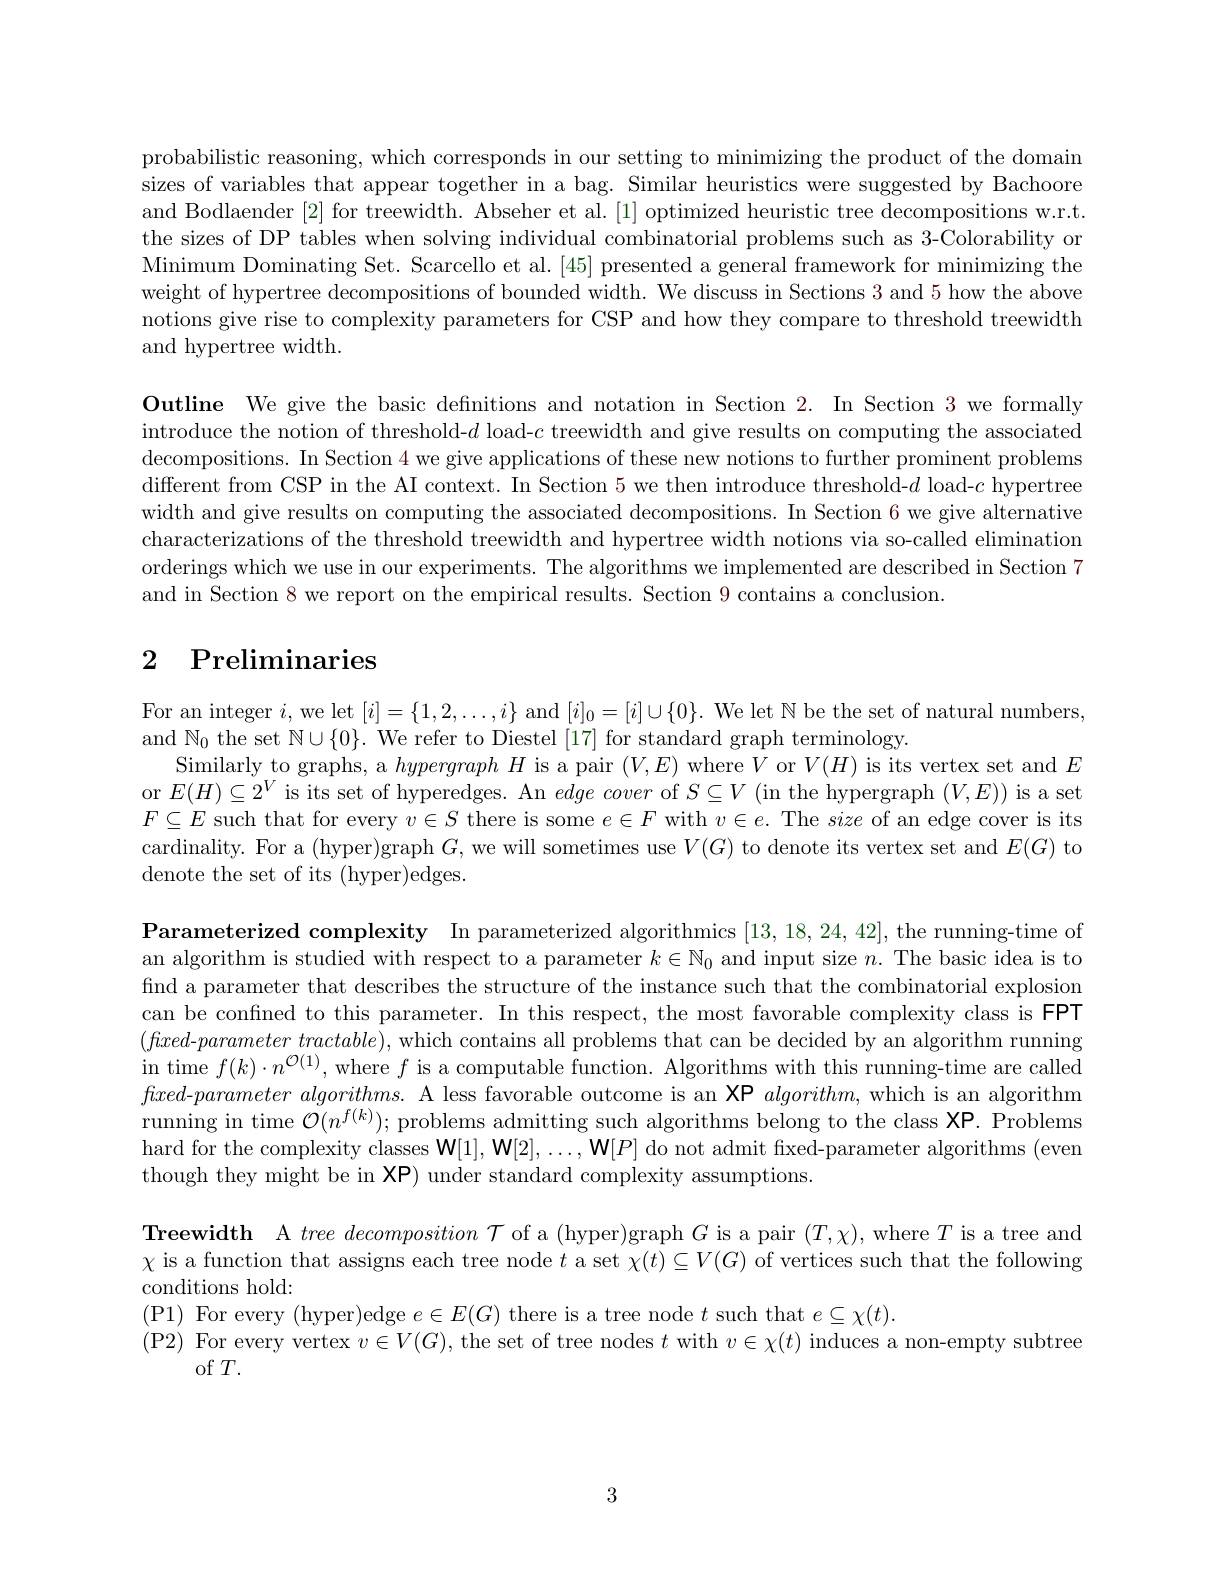
probabilistic reasoning, which corresponds in our setting to minimizing the product of the domain sizes of variables that appear together in a bag. Similar heuristics were suggested by Bachoore and Bodlaender [2] for treewidth. Abseher et al. [1] optimized heuristic tree decompositions w.r.t. the sizes of DP tables when solving individual combinatorial problems such as 3-Colorability or Minimum Dominating Set. Scarcello et al. [45] presented a general framework for minimizing the weight of hypertree decompositions of bounded width. We discuss in Sections 3 and 5 how the above notions give rise to complexity parameters for CSP and how they compare to threshold treewidth and hypertree width.

Outline We give the basic definitions and notation in Section 2. In Section 3 we formally introduce the notion of threshold-$d$ load-$c$ treewidth and give results on computing the associated decompositions. In Section 4 we give applications of these new notions to further prominent problems different from CSP in the AI context. In Section 5 we then introduce threshold- $d load- c hypertreen the 5 we then introduce threshold- d load- c hypertreen the 5 we then introduce threshold- d load- c hypertreen the 5 we then in 5 we then introduce thresho$ width and give results on computing the associated decompositions. In Section 6 we give alternative characterizations of the threshold treewidth and hypertree width notions via so-called elimination orderings which we use in our experiments. The algorithms we implemented are described in Section 7 and in Section 8 we report on the empirical results. Section 9 contains a conclusion.

# 2 Preliminaries

For an integer $i$,we let $[i]=\{1,2,\ldots,i\}$ and $[i]_0=[i]\cup\{0\}.$ We let N be the set of natural numbers,
and $\mathbb{N}_0$ the set $\mathbb{N}\cup\{0\}.$ We refer to Diestel [17] for standard graph terminology.
Similarly to graphs, a hypergraphH is a pair $(V,E)$ where $V$ or $V(H)$ is its vertex set and $E$ or $E(H)\subseteq2^V$ is its set of hyperedges. An $edge\textit{cover of }S\subseteq V$ (in the hypergraph $(V,E))$ is a set $F\subseteq E$ such that for every $v\in S$ there is some $e\in F$ with $v\in e.$ The size of an edge cover is its cardinality. For a (hyper)graph $G$, we will sometimes use $V(G)$ to denote its vertex set and $E(G)$ to denote the set of its (hyper)edges.

Parameterized complexity In parameterized algorithmics [13,18,24,42],the running-time of an algorithm is studied with respect to a parameter $k\in\mathbb{N}_0$ and input size $n.$ The basic idea is to find a parameter that describes the structure of the instance such that the combinatorial explosion can be confined to this parameter. In this respect, the most favorable complexity class is FPT $( faxed- parameter\textit{ tractable}) $, which contains all problems that can be decided by an algorithm running in time $f(k)\cdot n^{\mathcal{O}(1)}$,where $f$ is a computable function. Algorithms with this running-time are called $flxed-parameteralgorithms.$ A less favorable outcome is an XP $algorithm$, which is an algorithm running in time $\mathcal{O}(n^f(k));$ problems admitting such algorithms belong to the class XP. Problems hard for the complexity classes W[1], W[2], ..., W[P] do not admit fixed-parameter algorithms (even though they might be in XP) under standard complexity assumptions.

Treewidth A $tree\textit{decomposition }\mathcal{T}$ of a (hyper)graph $G$ is a pair $(T,\chi)$, where $T$ is a tree and $\chi$ is a function that assigns each tree node $t$ a set $\chi(t)\subseteq V(G)$ of vertices such that the following conditions hold:
(P1) For every (hyper)edge $e\in E(G)$ there is a tree node $t$ such that $e\subseteq\chi(t).$
(P2) For every vertex $v\in V(G)$, the set of tree nodes $t$ with $v\in\chi(t)$ induces a non-empty subtree
of $T.$

3